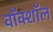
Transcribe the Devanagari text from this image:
वॉक्शॉल